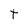
Character: t